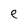
Character: e